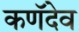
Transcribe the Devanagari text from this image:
कणॅदेव